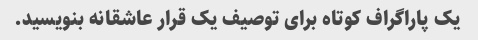
یک پاراگراف کوتاه برای توصیف یک قرار عاشقانه بنویسید.